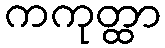
ကကုတ္ထာ